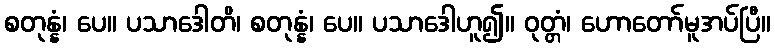
စတုန္နံ၊ ပေ။ ပသာဒေါတိ၊ စတုန္နံ၊ ပေ။ ပသာဒေါဟူ၍။ ဝုတ္တံ၊ ဟောတော်မူအပ်ပြီ။